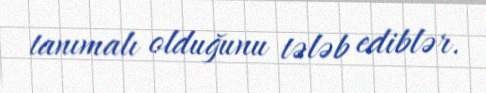
tanımalı olduğunu tələb ediblər.